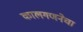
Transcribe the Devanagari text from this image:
कालगणनेचा